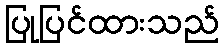
ပြုပြင်ထားသည်